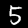
Label: 5